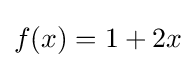
f(x)=1+2x